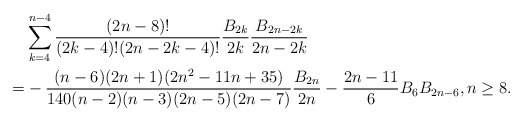
\begin{align*}\ & \sum_{k=4}^{n-4} \frac{(2n-8)!}{(2k-4)!(2n-2k-4)!} \frac{B_{2k}}{2k}\frac{B_{2n-2k}}{2n-2k} \\=&-\frac{(n-6)(2n+1)(2n^2-11n+35)}{140(n-2)(n-3)(2n-5)(2n-7)}\frac{B_{2n}}{2n}-\frac{2n-11}{6} B_6 B_{2n-6}, n\ge 8.\end{align*}